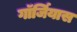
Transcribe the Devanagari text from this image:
गॉर्जियास